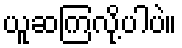
ယူဆကြလို့ပါပဲ။